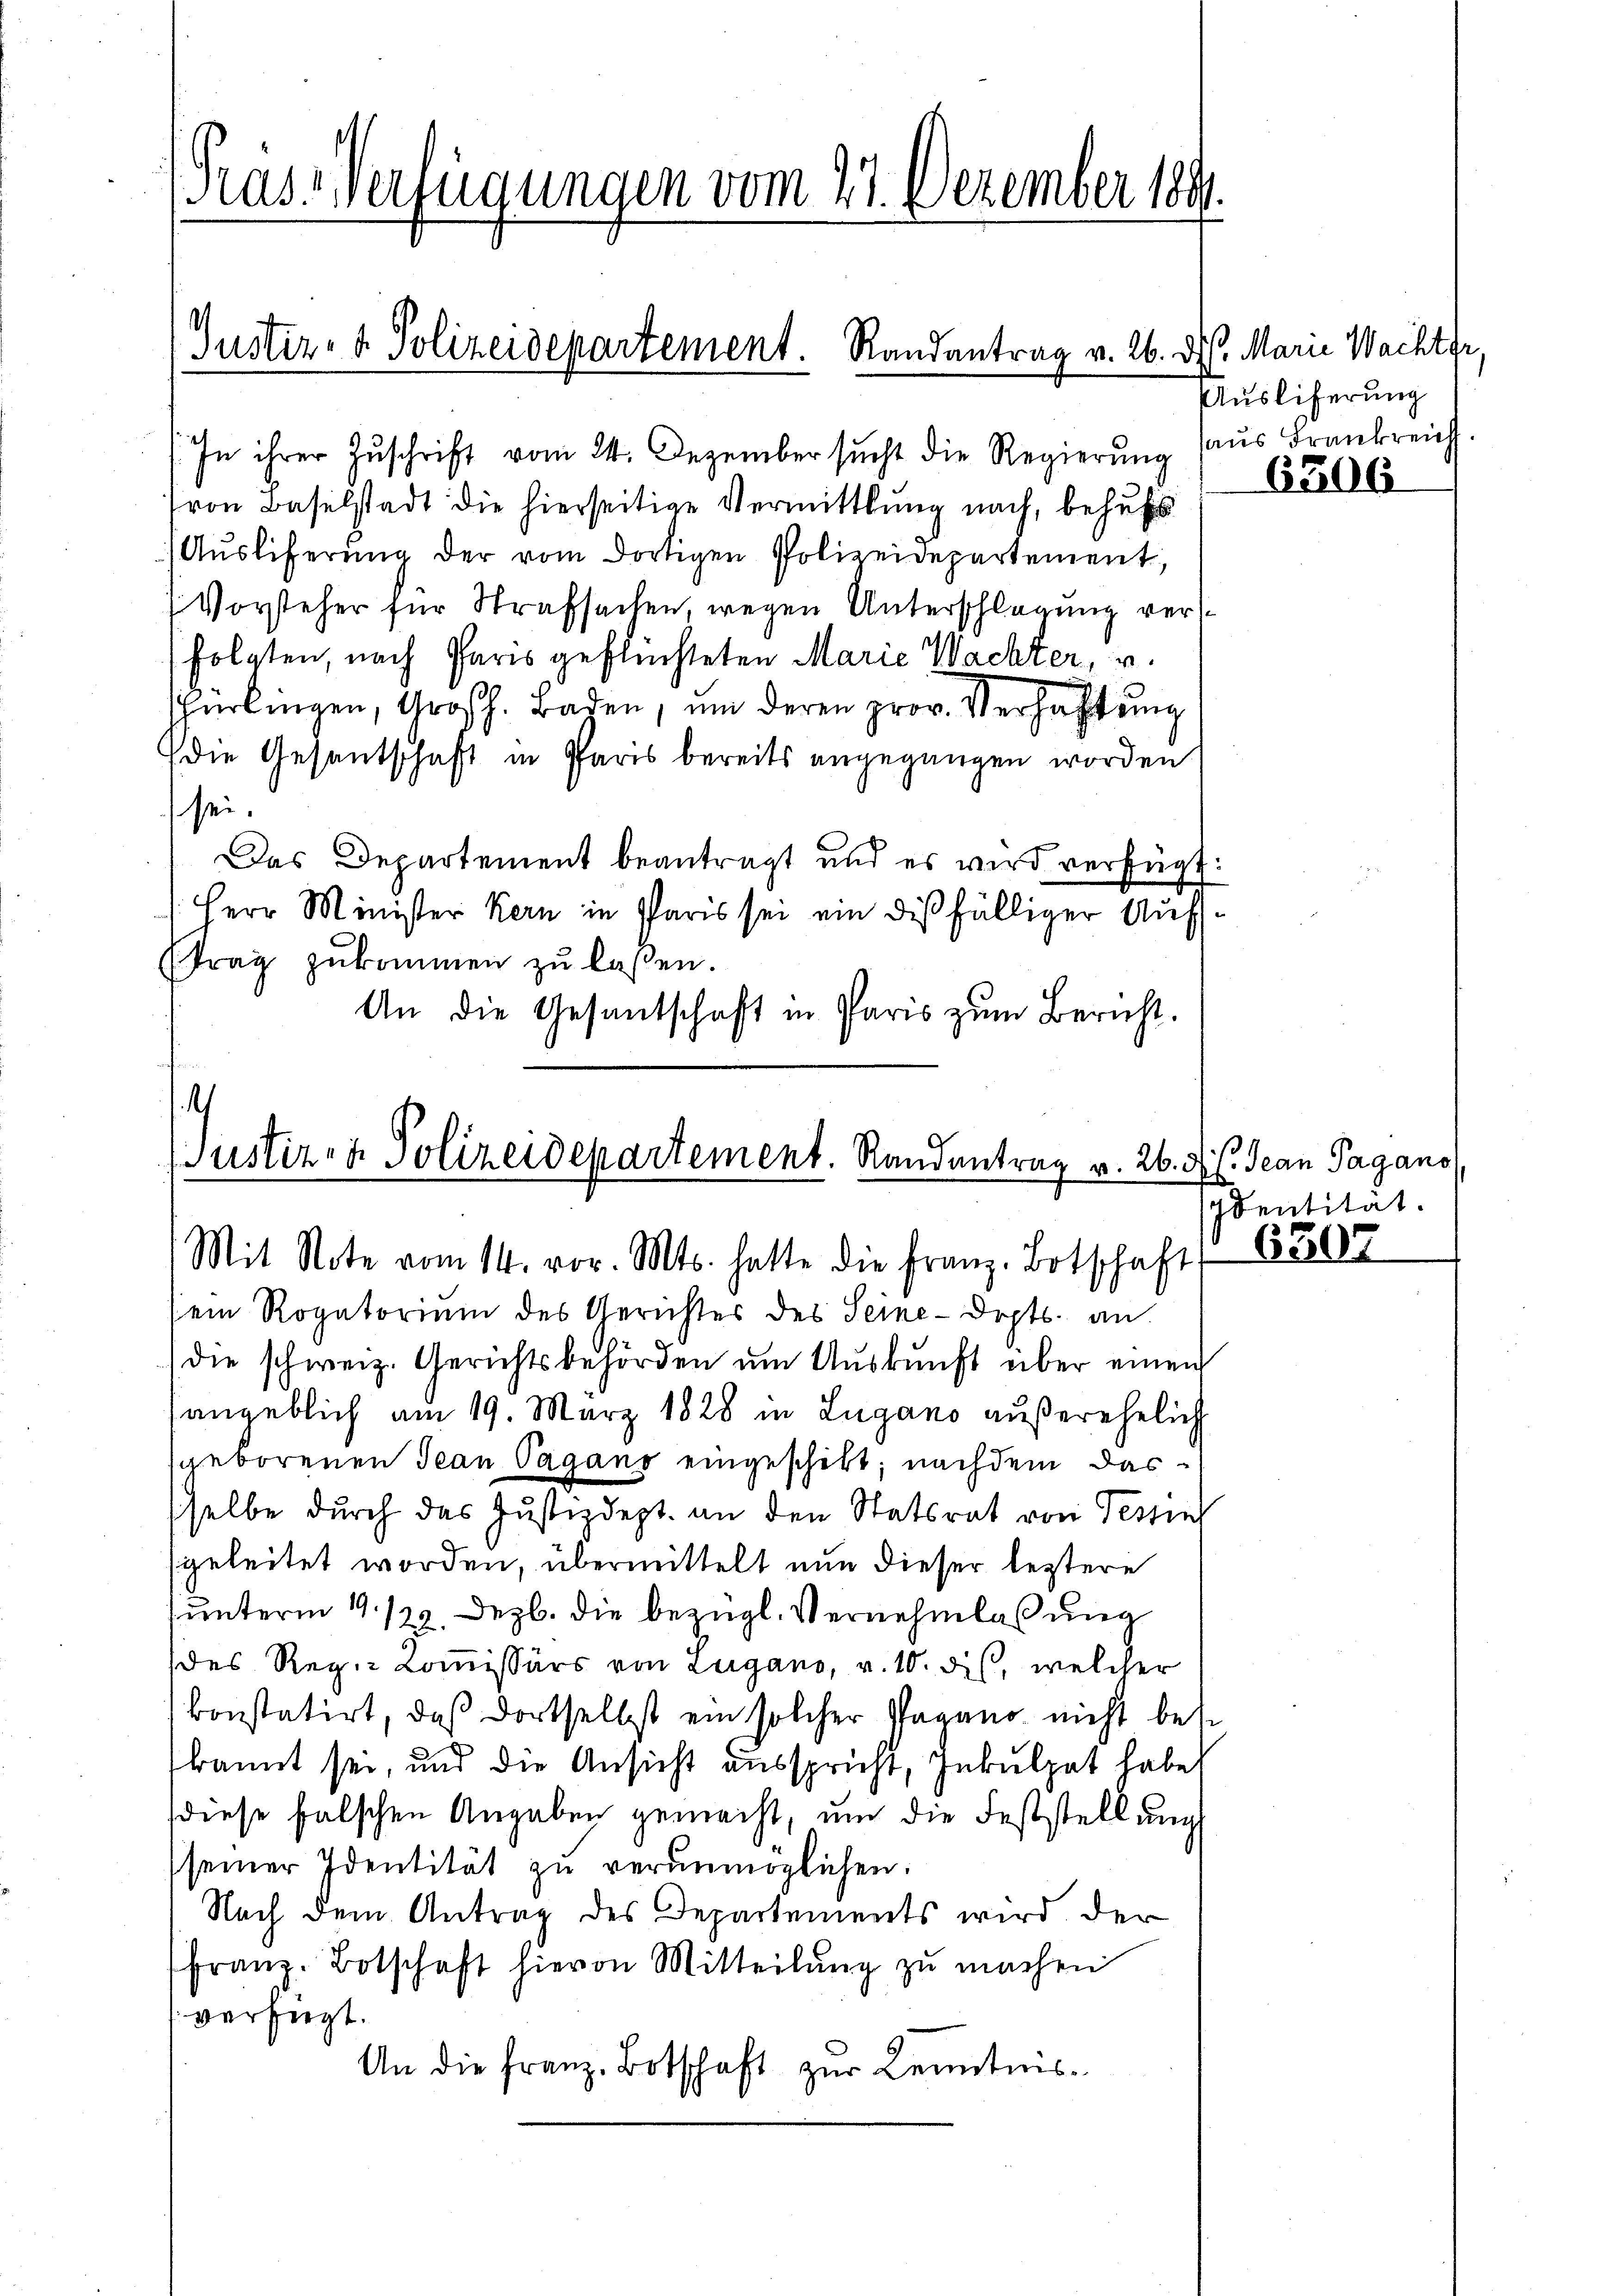
Kasverfügungen vom 27. Dezember 1891

Justiz- & Polizeidepartement. Randantrag v. 26. d. Marie Wachter,

In ihrer Zŭschrift vom 24. Dezember sucht die Regierŭng aus Frankreich
Fron Baselstadt die hierseitige Vermittlung nach, behufs
Aŭsliferŭng der vom dortigen Polizeidepartement,
Vorsteher für Strafsachen, wegen Unterschlagung verfolgten, nach Paris geflüchteten Marie Wachter, u.
hurlingen, Großh. Baden, um deren prov. Verhaltung
(die Gesantschaft in Paris bereits angegangen worden
sei.
Das Departement beantragt und es wird verfügt:
(Herr Minister Kern in Paris sei ein dießfälliger Auftrag zukommen zu laßen.
An die Gesantschaft in Paris zŭm Bericht.

sein Rogatorium des Gerichtes des Seine-Dopts. an.
die schweiz. Gerichtsbehörden ŭm Aŭskŭnft über einen
angeblich am 19. März 1828 in Lugano außerehelich
sgeborenen Jean Pagano eingeschikt; nachdem das
sselbe durch das Justizdept. an den Statsrat von Tessi
geleitet worden, übermittelt nun dieser leztere
unterm 19. 129. Dezb. die bezügl. Vernehmlassung
des Reg.-Kommissärs von Lugano, v. 10. des, welcher
konstatirt, daß dortselbst ein solcher Pagano nicht bese
kannt sei, und die Ansicht ausspricht, Inkulpat habe
diese falschen Angaben gemacht, um die Feststellung
seiner Identität zŭ verunmöglichen:
Nach dem Antrag des Departements wird der
franz. Botschaft hievon Mitteilŭng zu machen
verfügt.
An die Franz Botschaft zur Kenntnis-

4
Justiz- & Polizeidepartement. Randantrag v. 26. d. l. Jean Pagano
Mit Note vom 14. vor. Mts. hatte die Franz. Botschaft. 1807

Auslieferung

6306

Identität.